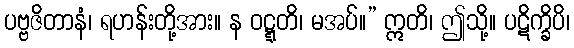
ပဗ္ဗဇိတာနံ၊ ရဟန်းတို့အား။ န ဝဋ္ဋတိ၊ မအပ်။” ဣတိ၊ ဤသို့။ ပဋိက္ခိပိ၊